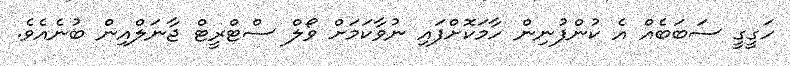
ހަގީގީ ސަބަބެއް އެ ކުންފުނިން ހާމަކޮށްފައި ނުވާކަމަށް ވޯލް ސްޓްރީޓް ޖާނަލްއިން ބުނެއެވެ.